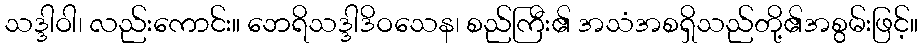
သဒ္ဒါဝါ၊ လည်းကောင်း။ ဘေရိသဒ္ဒါဒိဝသေန၊ စည်ကြီး၏ အသံအစရှိသည်တို့၏အစွမ်းဖြင့်။